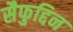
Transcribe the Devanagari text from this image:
सैफुद्दिन